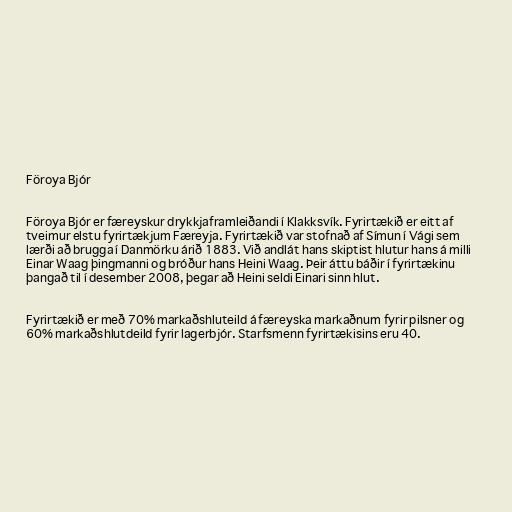
Föroya Bjór

Föroya Bjór er færeyskur drykkjaframleiðandi í Klakksvík. Fyrirtækið er eitt af
tveimur elstu fyrirtækjum Færeyja. Fyrirtækið var stofnað af Símun í Vági sem
lærði að brugga í Danmörku árið 1883. Við andlát hans skiptist hlutur hans á milli
Einar Waag þingmanni og bróður hans Heini Waag. Þeir áttu báðir í fyrirtækinu
þangað til í desember 2008, þegar að Heini seldi Einari sinn hlut.

Fyrirtækið er með 70% markaðshluteild á færeyska markaðnum fyrir pilsner og
60% markaðshlutdeild fyrir lagerbjór. Starfsmenn fyrirtækisins eru 40.